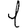
Digit: 1